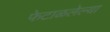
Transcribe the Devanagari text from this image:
फेटाळलेल्या